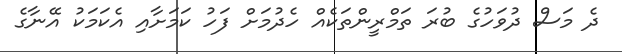
ދެ މަސް ދުވަހުގެ ބުރަ ތަމްރީންތަކެއް ހެދުމަށް ފަހު ކަމަށާއި އެކަމަކު އޭނާގެ